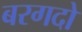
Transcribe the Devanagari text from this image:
बरगदो